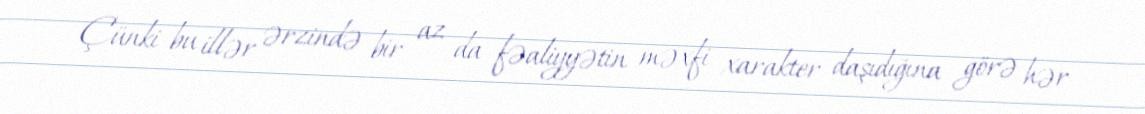
Çünki bu illər ərzində bir az da fəaliyyətin məxfi xarakter daşıdığına görə hər